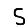
Digit: 5